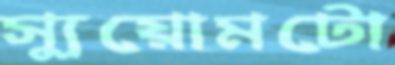
স্যুয়োমটো